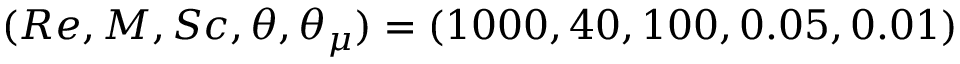
( R e , M , S c , \theta , \theta _ { \mu } ) = ( 1 0 0 0 , 4 0 , 1 0 0 , 0 . 0 5 , 0 . 0 1 )